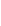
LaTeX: i\! \! \! \! \! \! \! \! \! \! \! \! \in\! \! \! \! \! \! \! \! \! \! \! \! {\! \! \! \! \! \! \! \! \! \! \! \! 1\! \! \! \! \! \! \! \! \! \! \! \! ,\! \! \! \! \! \! \! \! \! \! \! \! 2\! \! \! \! \! \! \! \! \! \! \! \! ,\! \! \! \! \! \! \! \! \! \! \! \! \ldots\! \! \! \! \! \! \! \! \! \! \! \! ,\mathbf{k}\! \! \! \! \! \! \! \! \! \! \! \! }\! \! \! \! \! \! \! \! \! \! \!